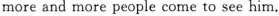
more and more people come to see him.